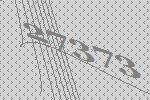
27373